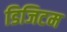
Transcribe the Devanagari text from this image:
डिजिटम